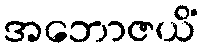
အဘောဇယိံ